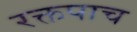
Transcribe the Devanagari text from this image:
रक्तपाच